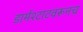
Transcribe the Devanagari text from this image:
डार्मश्टाटवरूनच